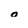
Character: o